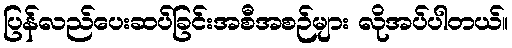
ပြန်လည်ပေးဆပ်ခြင်းအစီအစဉ်များ လိုအပ်ပါတယ်။